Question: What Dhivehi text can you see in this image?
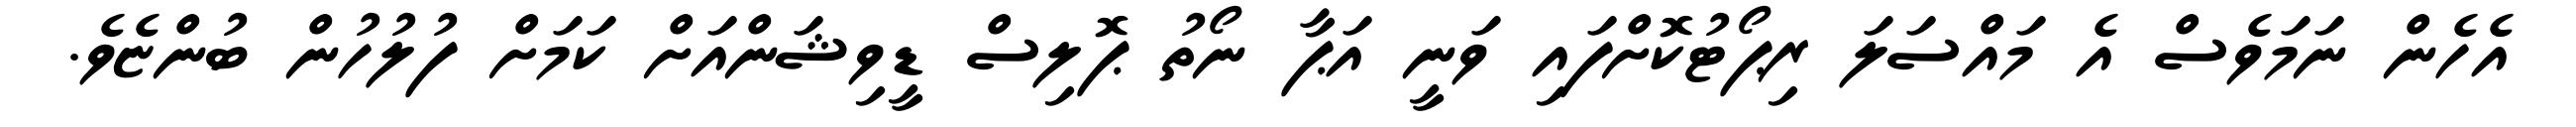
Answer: އެހެން ނަމަވެސް އެ މައްސަލަ ރިޕޯޓުކޮށްފައި ވަނީ އަޕާ ނޯތު ޕޮލިސް ޑީވިޝަންއަށް ކަމަށް ފުލުހުން ބުންޏެވެ.